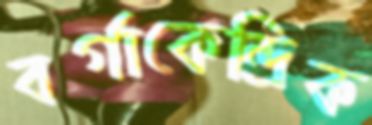
বর্গাকেন্দ্রিক